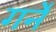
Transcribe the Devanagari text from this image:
गर्ने